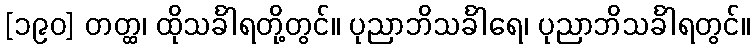
[၁၉၀] တတ္ထ၊ ထိုသင်္ခါရတို့တွင်။ ပုညာဘိသင်္ခါရေ၊ ပုညာဘိသင်္ခါရတွင်။